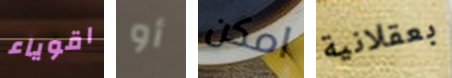
اقوياء أو امكن بعقلانية